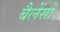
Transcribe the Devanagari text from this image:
बैलेंसों